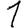
Digit: 1